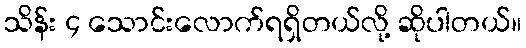
သိန်း ၄ သောင်းလောက်ရရှိတယ်လို့ ဆိုပါတယ်။